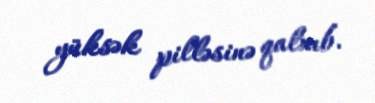
yüksək pilləsinə qalxıb.